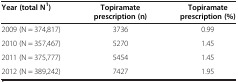
| Year (total N1) | Topiramate prescription (n) | Topiramate prescription (%) |
 | --- | --- | --- |
 | 2009 (N = 374,817) | 3736 | 0.99 |
 | 2010 (N = 357,467) | 5270 | 1.45 |
 | 2011 (N = 375,777) | 5454 | 1.45 |
 | 2012 (N = 389,242) | 7427 | 1.95 |